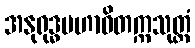
အနုရုဒ္ဓမဟာဝိတက္ကသုတ္တံ